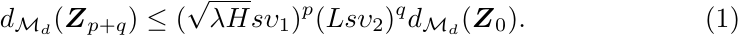
	\begin{align}
		&d_{\mathcal{M}_d}(\boldsymbol{Z}_{p+q})\leq (\sqrt{\lambda H} s\upsilon_1)^{p}(Ls\upsilon_2)^{q}d_{\mathcal{M}_d}(\boldsymbol{Z}_0).
	\end{align}